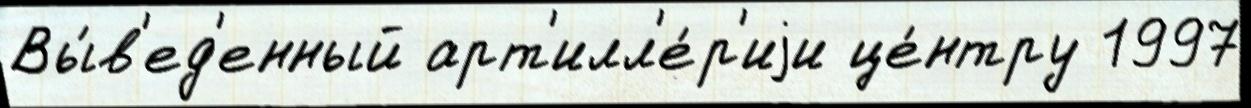
Вы́в'ед'енный арт'илл'е́р'иjи це́нтру 1997